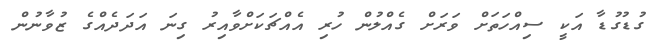
ގުޑުގުޑާ އަކީ ސިއްހަތަށް ވަރަށް ގެއްލުން ހުރި އެއްޗަކަށްވާއިރު ގިނަ އަދަދެއްގެ ޒުވާނުން